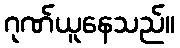
ဂုဏ်ယူနေသည်။